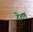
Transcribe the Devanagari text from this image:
देशष्ठ